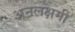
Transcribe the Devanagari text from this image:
अनलक्षमी